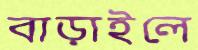
বাড়াইলে